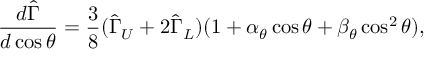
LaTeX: \frac { d \widehat { \Gamma } } { d \cos \theta } = \frac { 3 } { 8 } ( \widehat { \Gamma } _ { U } + 2 \widehat { \Gamma } _ { L } ) ( 1 + \alpha _ { \theta } \cos \theta + \beta _ { \theta } \cos ^ { 2 } \theta ) ,